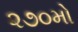
૨૭૦મો